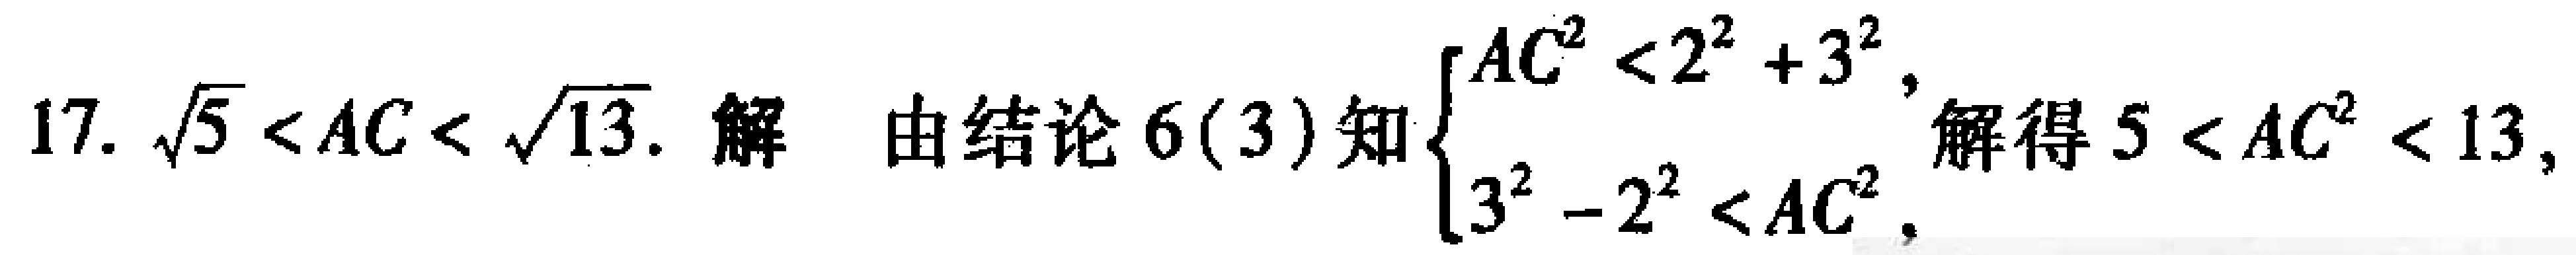
17. $\sqrt{5}<AC<\sqrt{13}$. 解 由结论 6(3) 知$\begin{cases}AC^{2}<2^{2} + 3^{2},\\3^{2}-2^{2}<AC^{2}.\end{cases}$解得$5<AC^{2}<13$,